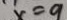
x = 9